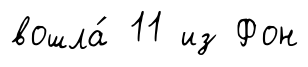
вошла́ 11 из Фон